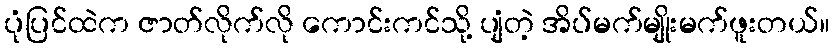
ပုံပြင်ထဲက ဇာတ်လိုက်လို ကောင်းကင်သို့ ပျံတဲ့ အိပ်မက်မျိုးမက်ဖူးတယ်။